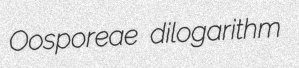
Oosporeae dilogarithm